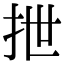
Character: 抴